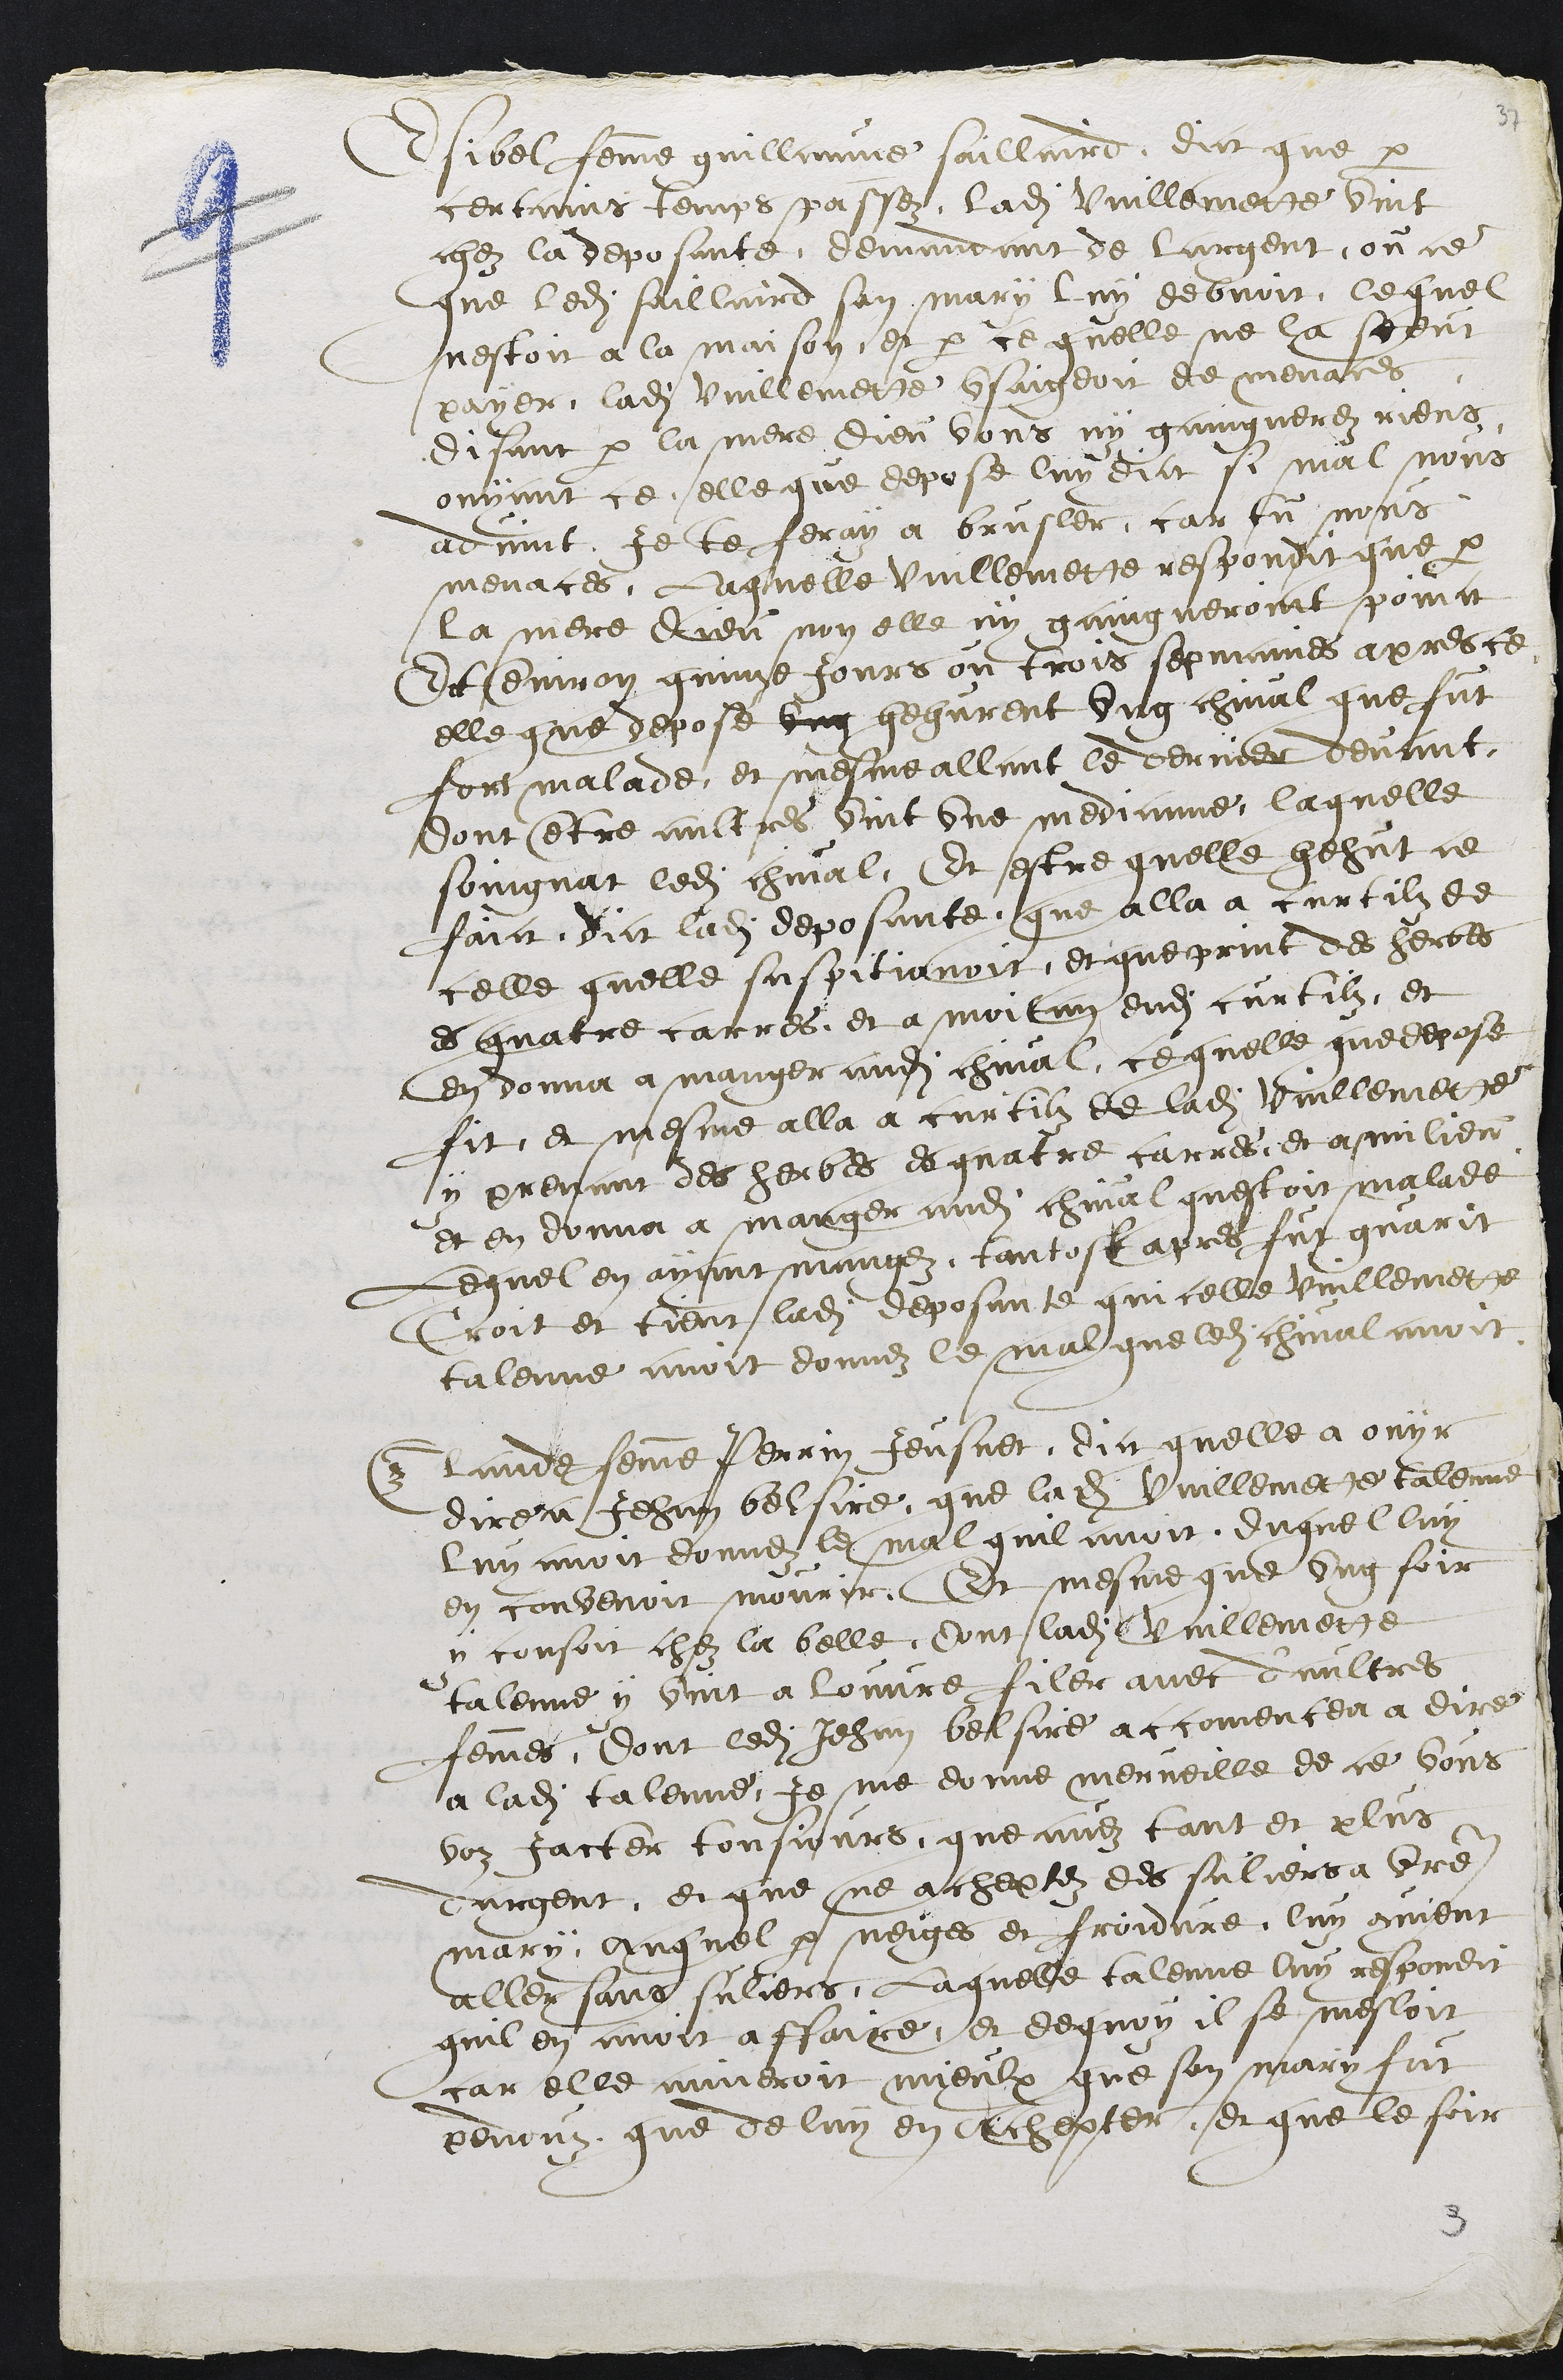
Esibel femme guillaume saillaird, dict que par
certains temps passez ladite Vuillemette vint
chez la deposante demandant de largent, ou ce
que ledit saillaird son mary luy debvoit, lequel
nestoit a la maison et par ce quelle ne la sceut
payer ladite Vuillemette usaigeoit de menaces
disant par la mere dieu vous ny gaingnerez riens,
ouyant ce elle que depose luy dict se mal nous
advint je te feray a brusler, car tu nous
menaces. Laquelle vuillemette respondit que par
la mere Dieu non elle ny gaingneroint poinct
Et environ quinze Jours ou trois sepmaines apres ce
elle que depose ung hehurent ung chival que fut
fort malade et mesme allant le derrier devant
dont entre autres vint une medicinne laquelle
soingnat ledit cheval, Et estre quelle hehut ce
faict dict ladite deposante que alla a curtilz de
celle quelle suspitionoit, et que print des herbes
es quatre carres et a moitan dudit curtilz, et
en donna a manger audit chival, ce quelle que depose
fit et mesme alla a curtilz de ladite vuillemette
y prenant des herbes es quatre carres et a milieu
et en donna a manger audit chival questoit malade
Lequel en ayant mangez, tantost apres fut guarit
Croit et tient ladite deposante quicelle vuillemette
talenne avoit donnez le mal que ledit cheval avoit.
Claude femme Perrin Jeusnet, dict quelle a ouyr
dire a Jehan belsire, que ladite Vuillemette talenne
luy avoit donnez le mal quil avoit duquel luy
en convenoit mourir, Et mesme que ung soir
y cousoit chez la belle, dont ladite Vuillemette
talenne y vint a louvre filer avec daultres
femmes, dont ledit Jehan belsire accomencea a dire
a ladite talenne, je me donne merveille de ce vous
voz jacter tousjours, que avez tant en plus
dargent, et que ne acheptez des suliers a votre
mary, auquel par neiges et froidure, luy convient
aller sans suliers, Laquelle talenne luy respondit
quil en avoit affaire et de quoy il se mesloit
car elle aimeroit mieulx que son mary fut
perduz que de luy en achepter, et que le soir